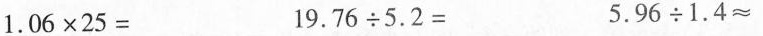
$$1 . 0 6 \times 2 5 =$$ $$1 9 . 7 6 \div 5 . 2 =$$ $$5 . 9 6 \div 1 . 4 ≈$$